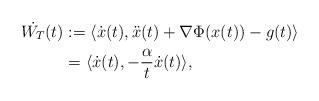
LaTeX: \begin{align*}\dot{W_T} (t)&:= \langle \dot{x}(t), \ddot{x}(t) + \nabla \Phi (x(t)) - g(t) \rangle \\&= \langle \dot{x}(t), -\frac{\alpha}{t} \dot{x}(t) \rangle ,\end{align*}